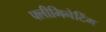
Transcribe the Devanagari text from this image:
फ्लीमिनेटिंग